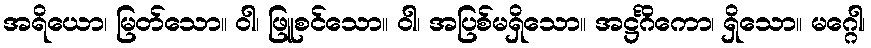
အရိယော၊ မြတ်သော။ ဝါ၊ ဖြူစင်သော။ ဝါ၊ အပြစ်မရှိသော။ အဋ္ဌင်္ဂိကော၊ ရှိသော။ မဂ္ဂေါ၊